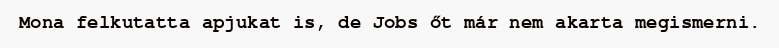
Mona felkutatta apjukat is, de Jobs őt már nem akarta megismerni.